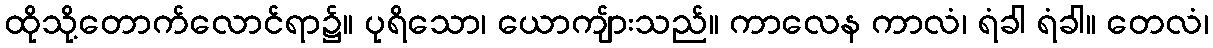
ထိုသို့တောက်လောင်ရာ၌။ ပုရိသော၊ ယောကျ်ားသည်။ ကာလေန ကာလံ၊ ရံခါ ရံခါ။ တေလံ၊